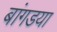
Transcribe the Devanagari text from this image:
बांगडया